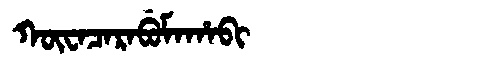
Manchu: ᡴᡡᠸᠠᠴᠠᡵᠠᠪᡠᠮᠠᡥᠠᠪᡳ
Romanization: KŪWACARABUMAHABI